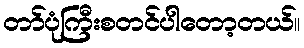
တာ်ပုံကြီးစတင်ပါတော့တယ်။